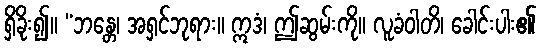
ရှိခိုး၍။ “ဘန္တေ၊ အရှင်ဘုရား။ ဣဒံ၊ ဤဆွမ်းကို။ လူခံဝါတိ၊ ခေါင်းပါး၏